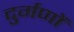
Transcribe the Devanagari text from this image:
दुर्गणों